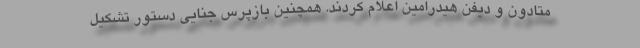
متادون و دیفن هیدرامین اعلام کردند. همچنین بازپرس جنایی دستور تشکیل